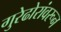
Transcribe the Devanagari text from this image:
गुरेढोरांवरून